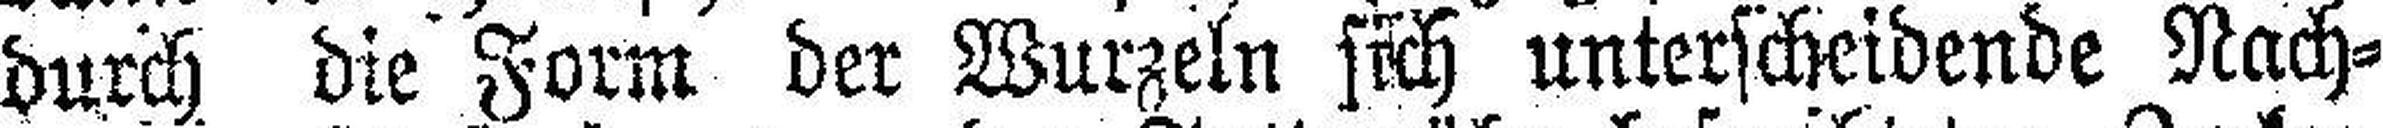
durch die Form der Wurzeln sich unterscheidende Nach¬